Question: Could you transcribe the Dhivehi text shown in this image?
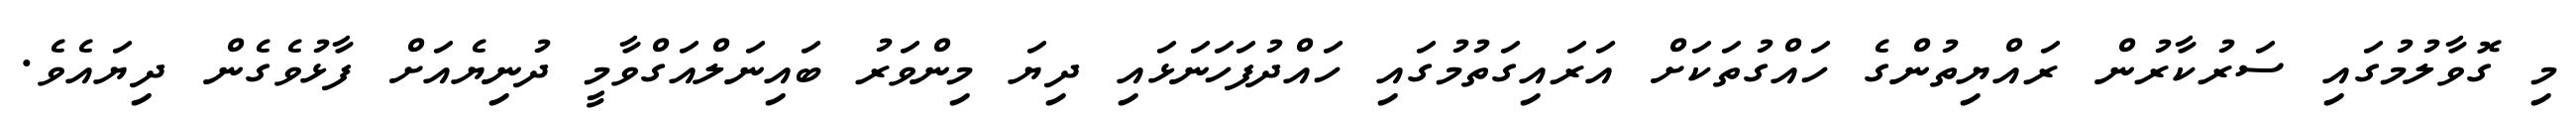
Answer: މި ގޮވާލުމުގައި ސަރުކާރުން ރައްޔިތުންގެ ހައްގުތަކަށް އަރައިގަތުމުގައި ހައްދުފަހަނަޅައި ދިޔަ މިންވަރު ބައިނަލްއަގްވާމީ ދުނިޔެއަށް ފާޅުވެގެން ދިޔައެވެ.